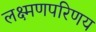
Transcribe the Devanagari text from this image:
लक्ष्मणपरिणय